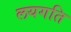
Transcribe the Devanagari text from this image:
लयगति